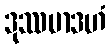
ဒုဿမာဒဟံ